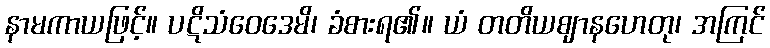
နာမကာယဖြင့်။ ပဋိသံဝေဒေမိ၊ ခံစားရ၏။ ယံ တတိယဈာနဟေတု၊ အကြင်